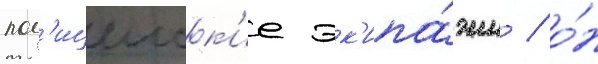
пол'ицеиск'ие эк'ипа́жи / о́н